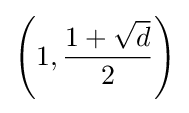
\left(1,{\frac {1+{\sqrt {d}}}{2}}\right)